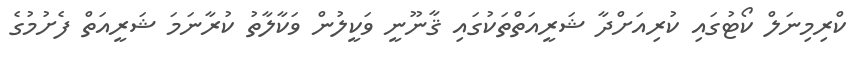
ކްރިމިނަލް ކޯޓުގައި ކުރިއަށްދާ ޝަރީއަތްތަކުގައި ޤާނޫނީ ވަކީލުން ވަކާލާތު ކުރާނަމަ ޝަރީއަތް ފެށުމުގެ